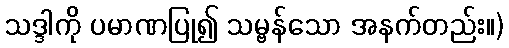
သဒ္ဒါကို ပမာဏပြု၍ သမ္ဗန်သော အနက်တည်း။)